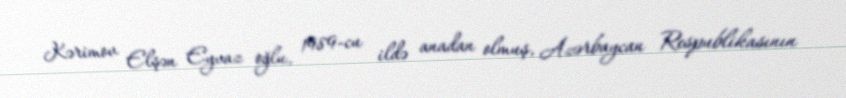
Kərimov Elşən Eyvaz oğlu, 1989-cu ildə anadan olmuş, Azərbaycan Respublikasının